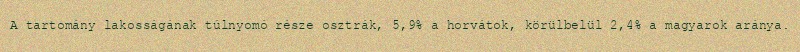
A tartomány lakosságának túlnyomó része osztrák, 5,9% a horvátok, körülbelül 2,4% a magyarok aránya.